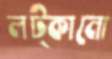
লট্‌কানো